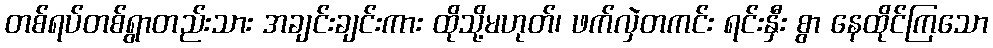
တစ်ရပ်တစ်ရွာတည်းသား အချင်းချင်းကား ထိုသို့မဟုတ်၊ ဖက်လှဲတကင်း ရင်းနှီး စွာ နေထိုင်ကြသော